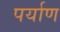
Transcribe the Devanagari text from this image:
पर्याण